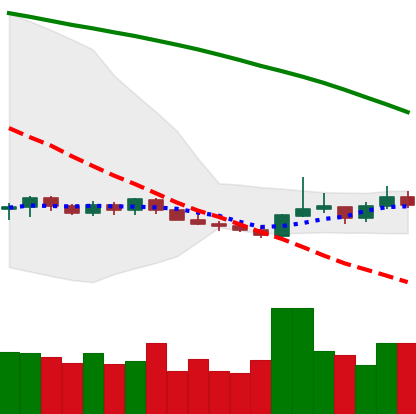
Ticker: XMR-USD
Chart end date: 2019-10-22
Forward return: 5.461%
Label: up_5_7